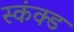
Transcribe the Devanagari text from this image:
स्कंक्ड